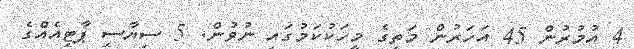
4 އުމުރުން 45 އަހަރުން މަތީގެ މީހަކުކަމުގައި ނުވުން. 5 ސިޔާސީ ޕާޓީއެއްގެ